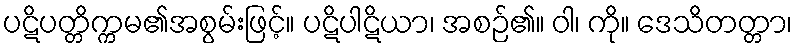
ပဋိပတ္တိက္ကမ၏အစွမ်းဖြင့်။ ပဋိပါဋိယာ၊ အစဉ်၏။ ဝါ၊ ကို။ ဒေသိတတ္တာ၊